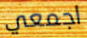
اجمعي